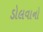
ડોલવાનો